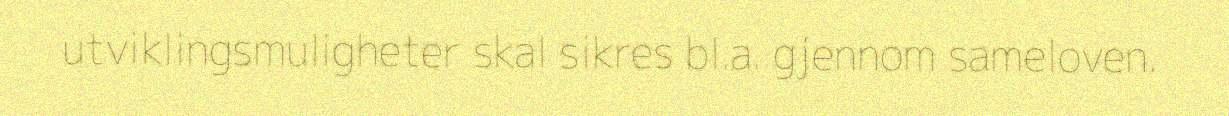
utviklingsmuligheter skal sikres bl.a. gjennom sameloven.